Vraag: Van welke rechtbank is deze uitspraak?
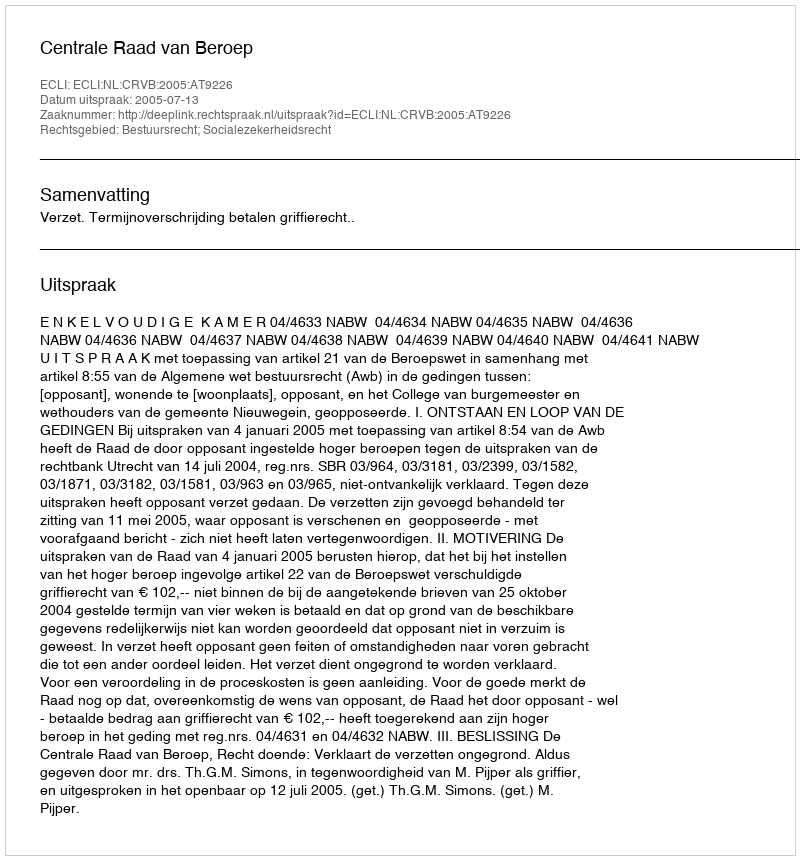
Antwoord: Centrale Raad van Beroep